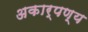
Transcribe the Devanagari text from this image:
अकार्पण्य